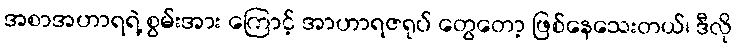
အစာအဟာရရဲ့ စွမ်းအား ကြောင့် အာဟာရဇရုပ် တွေတော့ ဖြစ်နေသေးတယ်၊ ဒီလို